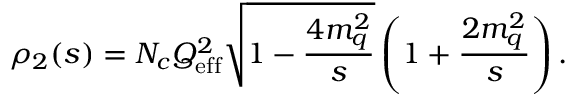
\rho _ { 2 } ( s ) = N _ { c } Q _ { \mathrm { e f f } } ^ { 2 } \sqrt { 1 - \frac { 4 m _ { q } ^ { 2 } } s } \left( 1 + \frac { 2 m _ { q } ^ { 2 } } s \right) .